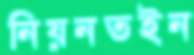
নিয়নতইন